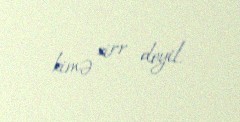
kimə sirr deyil.